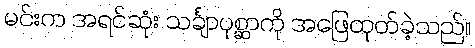
မင်းက အရင်ဆုံး သင်္ချာပုစ္ဆာကို အဖြေထုတ်ခဲ့သည်။